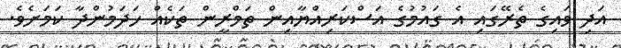
އަދި ވައިގެ ތެރޭގައި އެ ގައުމުގެ އަސްކަރިއްޔާއިން ތަމްރީން ތަކެއް ހަދަމުންދާ ކަމަށެވެ.